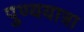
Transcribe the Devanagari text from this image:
पुण्ययात्रा